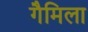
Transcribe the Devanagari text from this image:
गैमिला